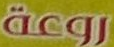
روعة